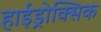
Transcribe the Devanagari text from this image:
हाईड्रोक्सिक